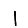
Digit: 1